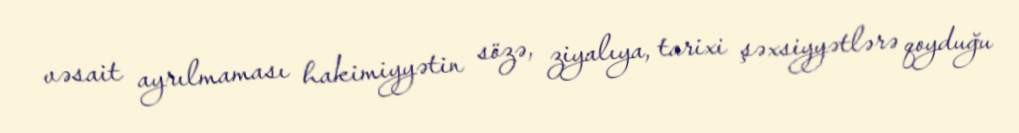
vəsait ayrılmaması hakimiyyətin sözə, ziyalıya, tarixi şəxsiyyətlərə qoyduğu